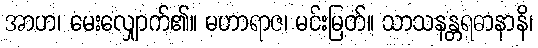
အာဟ၊ မေးလျှောက်၏။ မဟာရာဇ၊ မင်းမြတ်။ သာသနန္တရဓာနာနိ၊